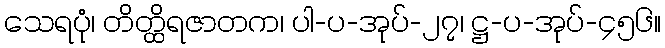
သေရပုံ၊ တိတ္ထိရဇာတက၊ ပါ-ပ-အုပ်-၂၇၊ ဋ္ဌ-ပ-အုပ်-၄၅၆။